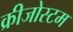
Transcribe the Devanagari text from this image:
क्रीजोस्टम